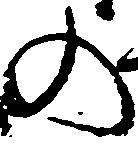
の